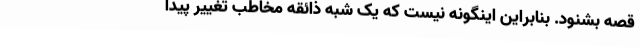
قصه بشنود. بنابراین اینگونه نیست که یک شبه ذائقه مخاطب تغییر پیدا